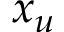
x _ { u }